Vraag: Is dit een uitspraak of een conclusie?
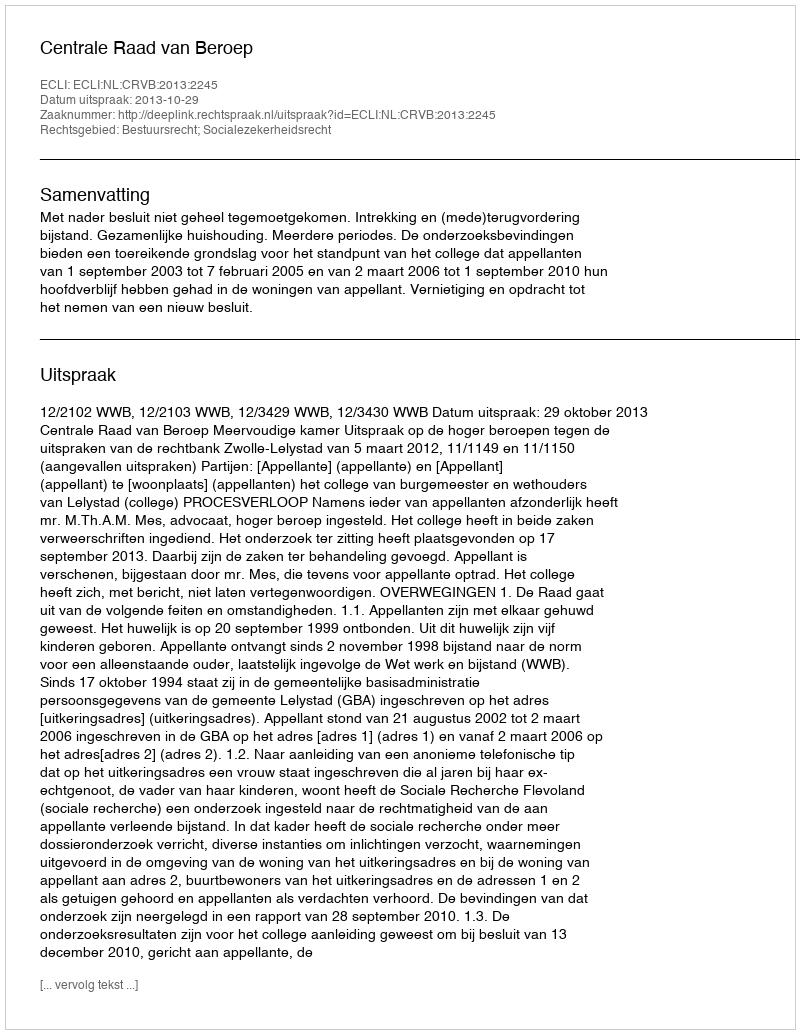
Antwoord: Uitspraak